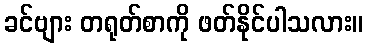
ခင်ဗျား တရုတ်စာကို ဖတ်နိုင်ပါသလား။